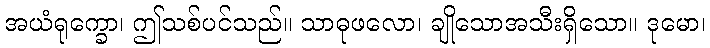
အယံရုက္ခော၊ ဤသစ်ပင်သည်။ သာဓုဖလော၊ ချိုသောအသီးရှိသော။ ဒုမော၊